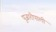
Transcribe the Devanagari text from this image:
पुजारीपाली